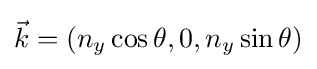
{\textstyle {\vec {k}}=(n_{y}\cos \theta ,0,n_{y}\sin \theta )}